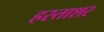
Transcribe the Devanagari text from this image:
हस्ताशर